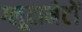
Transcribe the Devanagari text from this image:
ग्लूटामेटों